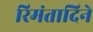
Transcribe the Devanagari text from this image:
रिमंतादिने